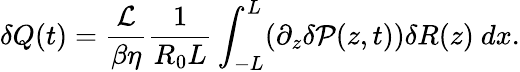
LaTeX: \delta Q(t)=\frac{\mathcal{L}}{\beta\eta}\frac{1}{R_{0}L}\int_{-L}^{L}(\partial_{z}\delta\mathcal{P}(z,t))\delta R(z)\ dx.